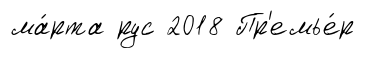
ма́рта рус 2018 Пр'емье́р